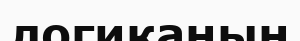
логиканың